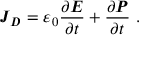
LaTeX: { \boldsymbol { J } } _ { \boldsymbol { D } } = \varepsilon _ { 0 } { \frac { \partial { \boldsymbol { E } } } { \partial t } } + { \frac { \partial { \boldsymbol { P } } } { \partial t } } \ .